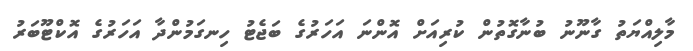
މާލިއްޔަތު ގާނޫނު ބުނާގޮތުން ކުރިއަށް އޮންނަ އަހަރުގެ ބަޖެޓު ހިނގަމުންދާ އަހަރުގެ އޮކްޓޫބަރު